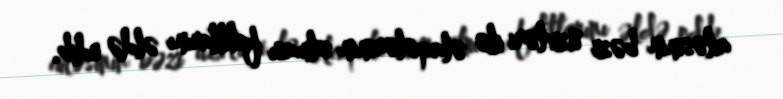
ailəsinin bəzi üzvləri ilə əlaqələrinin olması faktlarını əldə edib.